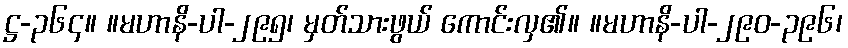
ဋ္ဌ-၃၆၄။ ။မဟာနိ-ပါ-၂၉၅၊ မှတ်သားဖွယ် ကောင်းလှ၏။ ။မဟာနိ-ပါ-၂၉၀-၃၉၆၊